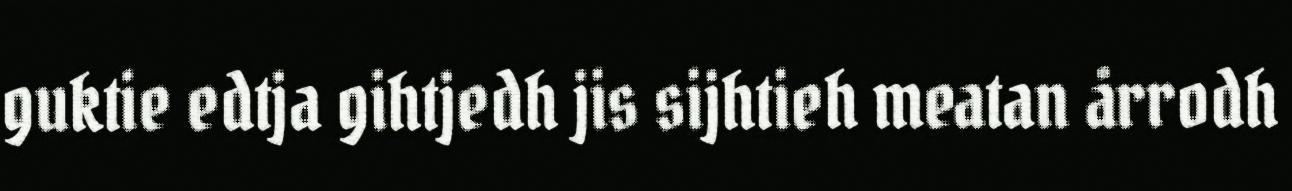
guktie edtja gihtjedh jis sijhtieh meatan årrodh